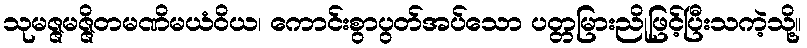
သုမဇ္ဇမဇ္ဇိတမဏိမယံဝိယ၊ ကောင်းစွာပွတ်အပ်သော ပတ္တမြားညိုဖြင့်ပြီးသကဲ့သို့။